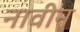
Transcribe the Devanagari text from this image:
नावीन